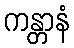
ကန္တာနံ